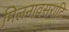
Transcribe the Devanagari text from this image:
मिलनावसरादि